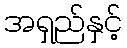
အရှည်နှင့်